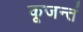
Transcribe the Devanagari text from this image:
कूजन्तं